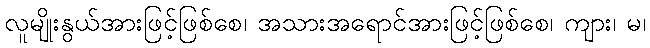
လူမျိုးနွယ်အားဖြင့်ဖြစ်စေ၊ အသားအရောင်အားဖြင့်ဖြစ်စေ၊ ကျား၊ မ၊